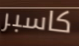
كاسبر